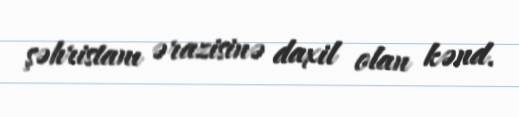
şəhristanı ərazisinə daxil olan kənd.